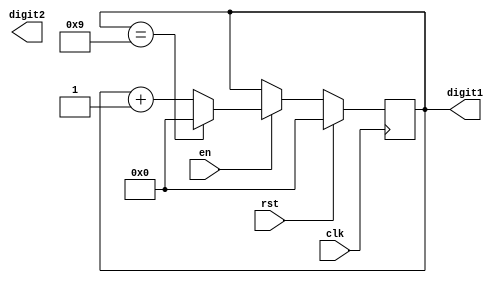
module BCD_counter(
    input wire clk,
    input wire rst,
    input wire en,
    output reg [3:0] digit1,
    output reg [3:0] digit2
);

reg [3:0] count;

always @(posedge clk) begin
    if(rst) begin
        count <= 4'b0000;
    end else if(en) begin
        if(count == 4'b1001) begin
            count <= 4'b0000;
        end else begin
            count <= count + 1;
        end
    end
end

assign digit1 = count[3:0];
assign digit2 = count[7:4];

endmodule